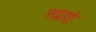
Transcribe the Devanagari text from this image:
राट्वाट्टे